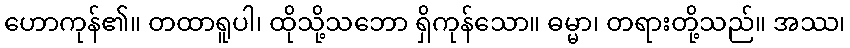
ဟောကုန်၏။ တထာရူပါ၊ ထိုသို့သဘော ရှိကုန်သော။ ဓမ္မာ၊ တရားတို့သည်။ အဿ၊